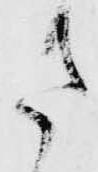
さ